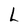
Character: L